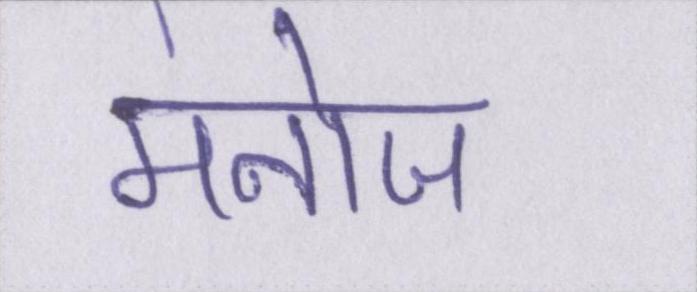
मनोज